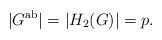
LaTeX: \begin{align*}|G^{\rm ab}| = |H_2(G )| = p.\end{align*}